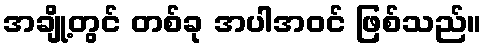
အချို့တွင် တစ်ခု အပါအဝင် ဖြစ်သည်။